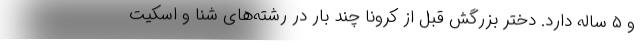
و ۵ ساله دارد. دختر بزرگش قبل از کرونا چند بار در رشته‌های شنا و اسکیت